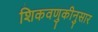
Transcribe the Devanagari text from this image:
शिकवणुकीनुसार